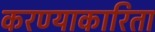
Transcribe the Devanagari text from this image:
करण्याकारिता